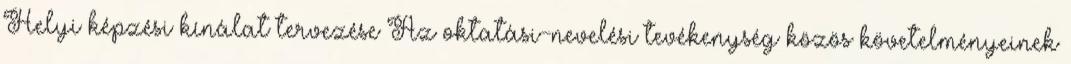
Helyi képzési kínálat tervezése Az oktatási-nevelési tevékenység közös követelményeinek